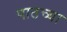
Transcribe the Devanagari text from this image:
पाठच्या